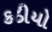
કઠીયો